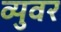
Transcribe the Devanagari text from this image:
व्युवर